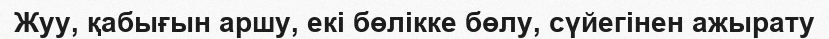
Жуу, қабығын аршу, екі бөлікке бөлу, сүйегінен ажырату